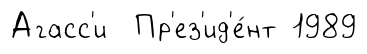
Агасс'и Пр'ез'ид'е́нт 1989